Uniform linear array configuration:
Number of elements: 32
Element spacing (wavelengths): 1
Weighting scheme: cosine
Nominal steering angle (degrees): -30
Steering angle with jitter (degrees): -29.692
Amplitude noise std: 0.05
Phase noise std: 0.05

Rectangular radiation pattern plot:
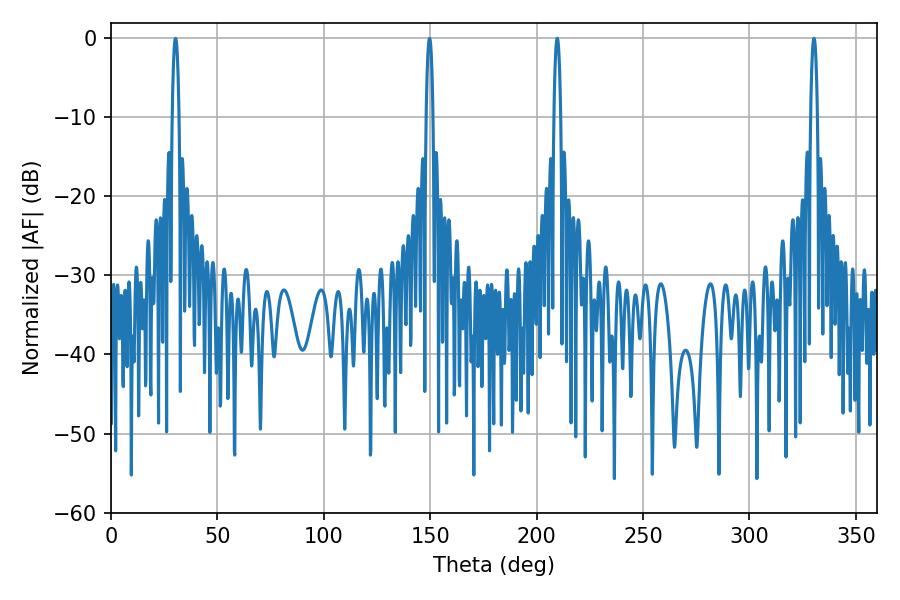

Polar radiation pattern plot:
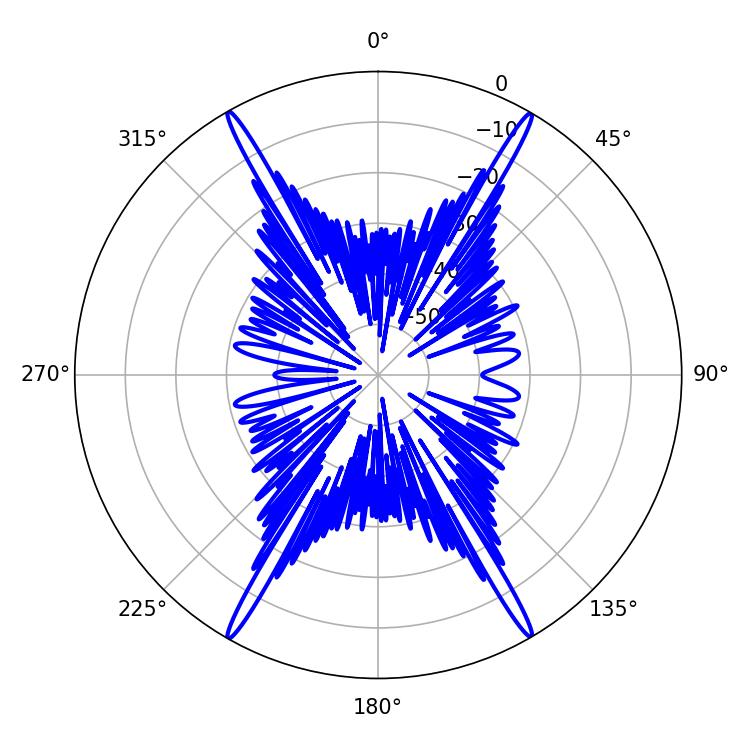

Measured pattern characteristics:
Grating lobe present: TRUE
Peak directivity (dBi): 33.179
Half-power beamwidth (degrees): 1.8
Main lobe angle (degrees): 209.7